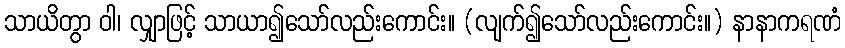
သာယိတွာ ဝါ၊ လျှာဖြင့် သာယာ၍သော်လည်းကောင်း။ (လျက်၍သော်လည်းကောင်း။) နာနာကရဏံ